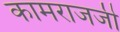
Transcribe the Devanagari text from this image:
कामराजजी